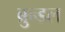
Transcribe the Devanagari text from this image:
ब्रुन्डल